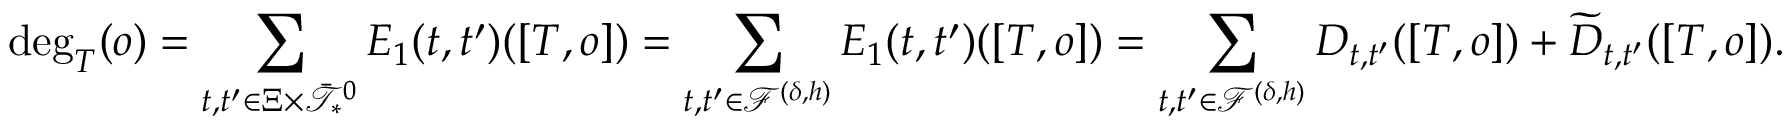
\deg _ { T } ( o ) = \sum _ { t , t ^ { \prime } \in \Xi \times \bar { \mathcal { T } } _ { * } ^ { 0 } } E _ { 1 } ( t , t ^ { \prime } ) ( [ T , o ] ) = \sum _ { t , t ^ { \prime } \in \mathcal { F } ^ { ( \delta , h ) } } E _ { 1 } ( t , t ^ { \prime } ) ( [ T , o ] ) = \sum _ { t , t ^ { \prime } \in \mathcal { F } ^ { ( \delta , h ) } } D _ { t , t ^ { \prime } } ( [ T , o ] ) + \widetilde { D } _ { t , t ^ { \prime } } ( [ T , o ] ) .